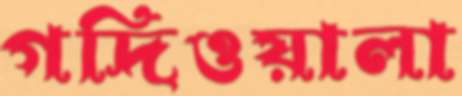
গদিওয়ালা